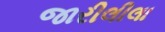
જારીલીલા